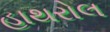
હાથરોલ